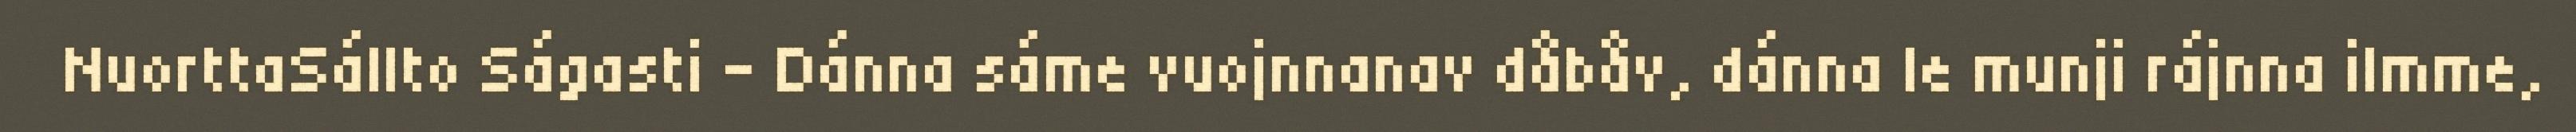
NuorttaSállto Ságasti - Dánna sáme vuojnnanav dåbåv, dánna le munji rájnna ilmme,